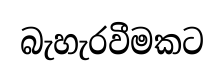
බැහැරවීමකට